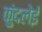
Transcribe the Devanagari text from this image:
कुंदलेई